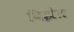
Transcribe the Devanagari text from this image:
बिझेत